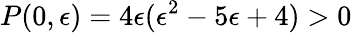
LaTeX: P(0,\epsilon)=4\epsilon(\epsilon^{2}-5\epsilon+4)>0